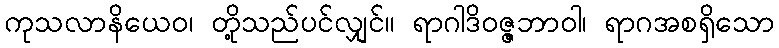
ကုသလာနိယေဝ၊ တို့သည်ပင်လျှင်။ ရာဂါဒိဝဇ္ဇဘာဝါ၊ ရာဂအစရှိသော